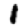
Digit: 1